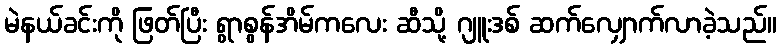
မဲနယ်ခင်းကို ဖြတ်ပြီး ရွာစွန်အိမ်ကလေး ဆီသို့ ဂျူးဒစ် ဆက်လျှောက်လာခဲ့သည်။